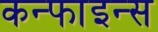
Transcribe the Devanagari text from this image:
कन्फाइन्स